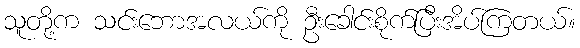
သူတို့က သင်းဘောအလယ်ကို ဦးခေါင်းစိုက်ပြီးအိပ်ကြတယ်။